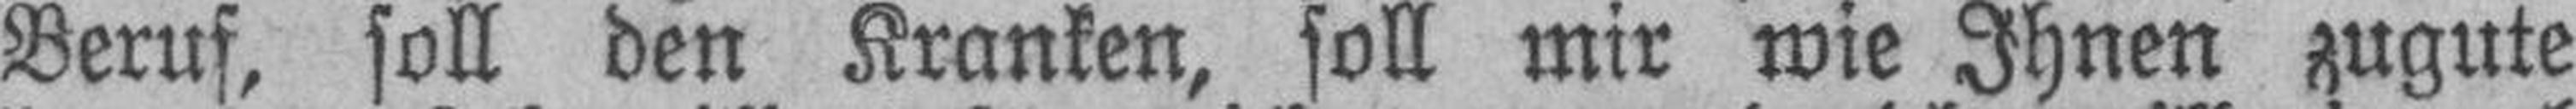
Beruf, soll den Kranken, soll mir wie Ihnen zugute